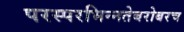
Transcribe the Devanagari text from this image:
परस्‍परभिन्‍नतेबरोबरच